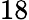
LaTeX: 18